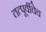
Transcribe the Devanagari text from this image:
तत्पूर्वीचेच